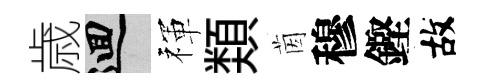
歳回禈𩔖茵穆鏗故